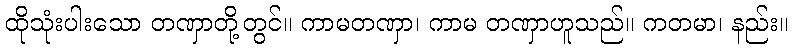
ထိုသုံးပါးသော တဏှာတို့တွင်။ ကာမတဏှာ၊ ကာမ တဏှာဟူသည်။ ကတမာ၊ နည်း။